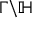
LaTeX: \Gamma \backslash \mathbb { H }